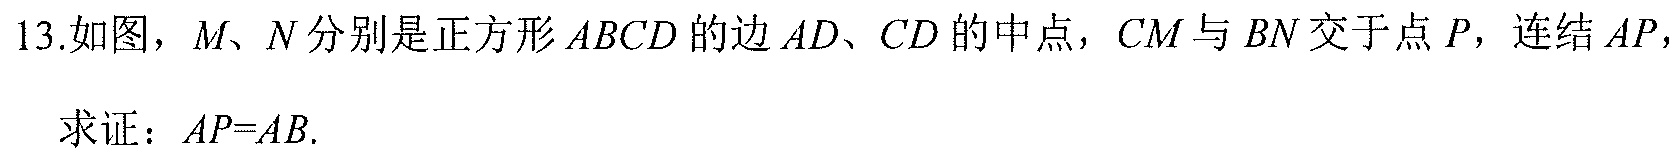
13.如图，\(M、N\)分别是正方形\(ABCD\)的边\(AD、CD\)的中点，\(CM\)与\(BN\)交于点\(P\)，连结\(AP\)，

求证：\(AP = AB\).